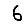
Digit: 6